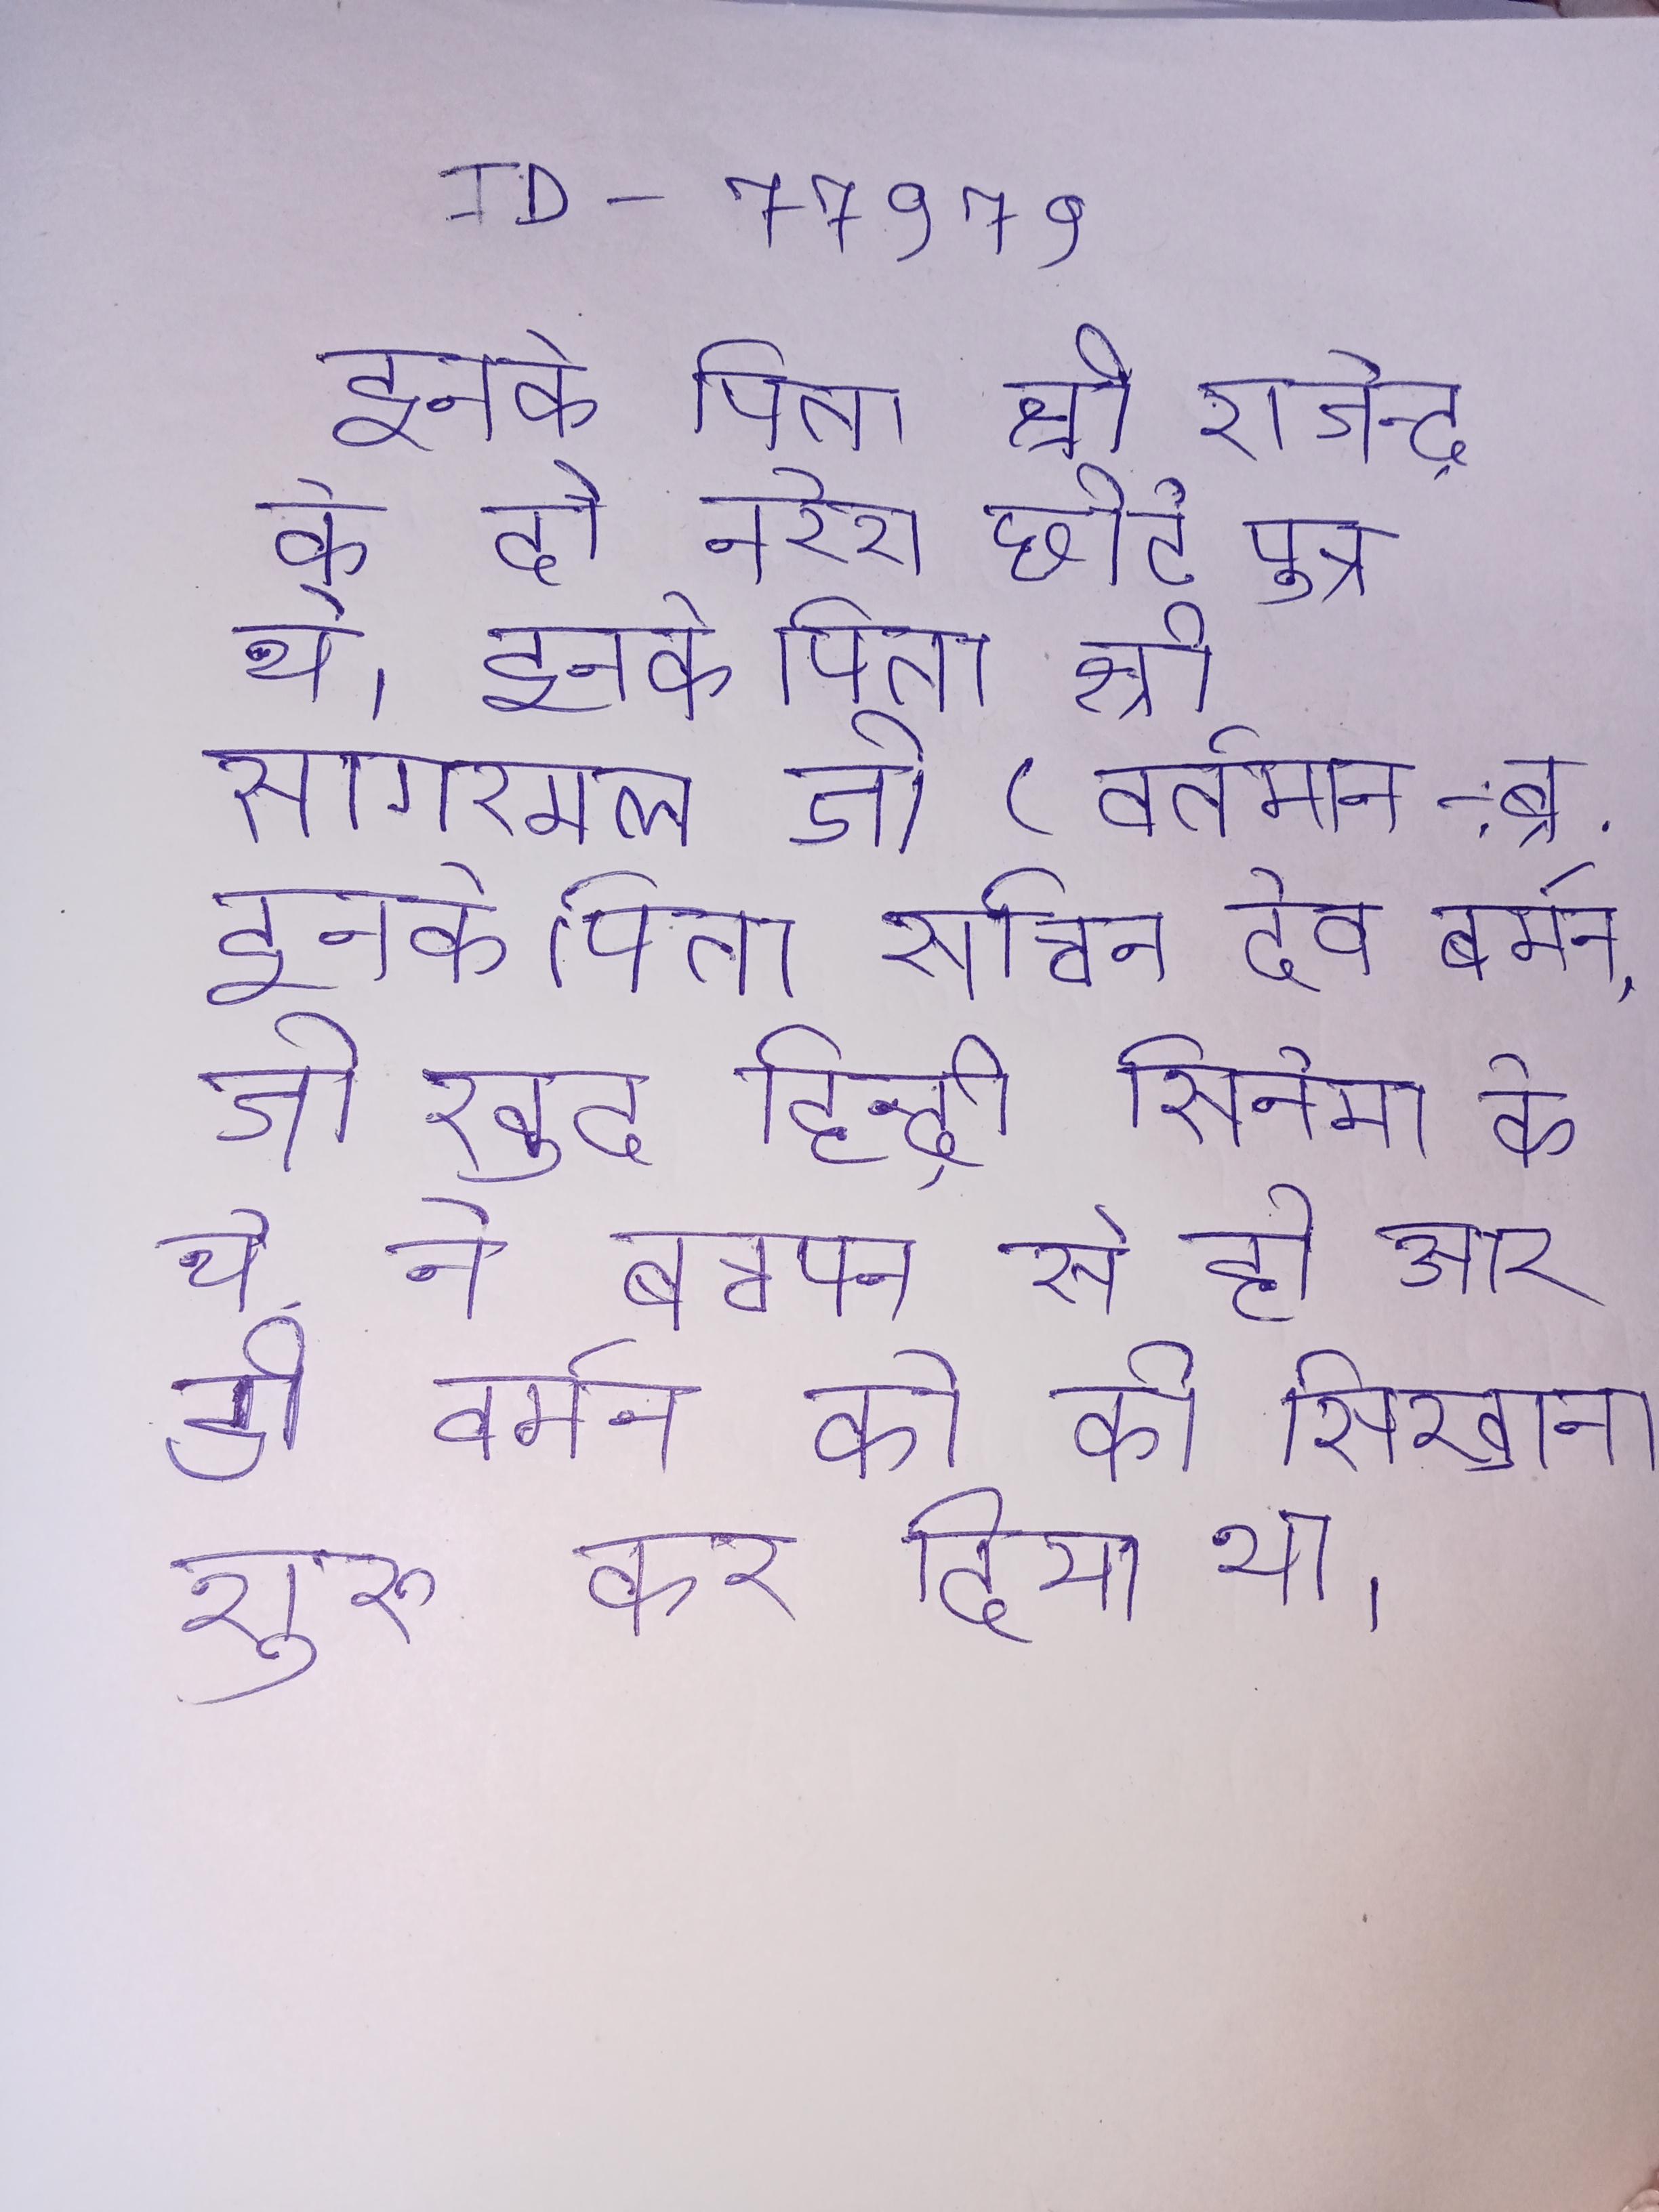
इनके पिता श्री राजेन्द्र के दो नरेश छोटे पुत्र थे । इनके पिता श्री सागरमल जी (वर्तमान-:ब्र . इनके पिता सचिन देव बर्मन, जो खुद हिन्दी सिनेमा के थे, ने बचपन से ही आर डी वर्मन को की सिखाना शुरु कर दिया था ।